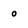
Character: 0